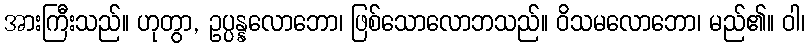
အားကြီးသည်။ ဟုတွာ, ဥပ္ပန္နလောဘော၊ ဖြစ်သောလောဘသည်။ ဝိသမလောဘော၊ မည်၏။ ဝါ၊